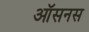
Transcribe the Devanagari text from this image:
ऑसनस